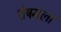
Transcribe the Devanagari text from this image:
शेषमला